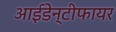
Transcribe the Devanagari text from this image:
आईडेन्टीफायर